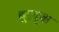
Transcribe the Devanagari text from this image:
बृ्हदृक्ष